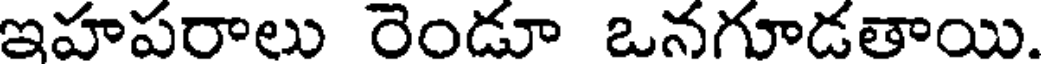
ఇహపరాలు రెండూ ఒనగూడతాయి.